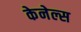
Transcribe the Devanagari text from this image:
केनेल्स